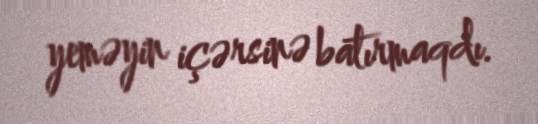
yeməyin içərsinə batırmaqdı.